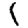
Digit: 1